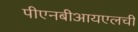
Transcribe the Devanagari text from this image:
पीएनबीआयएलची